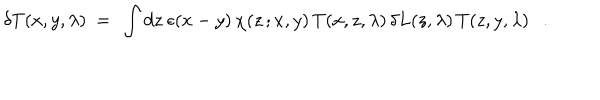
\delta T ( x , y , \lambda ) ~ = ~ \int d z ~ \epsilon ( x - y ) \, \chi ( z \, ; x , y ) \, T ( x , z , \lambda ) \, \delta L ( z , \lambda ) \, T ( z , y , \lambda ) .